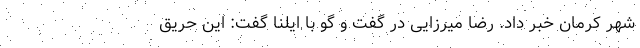
شهر کرمان خبر داد. رضا میرزایی در گفت و گو با ایلنا گفت: این حریق